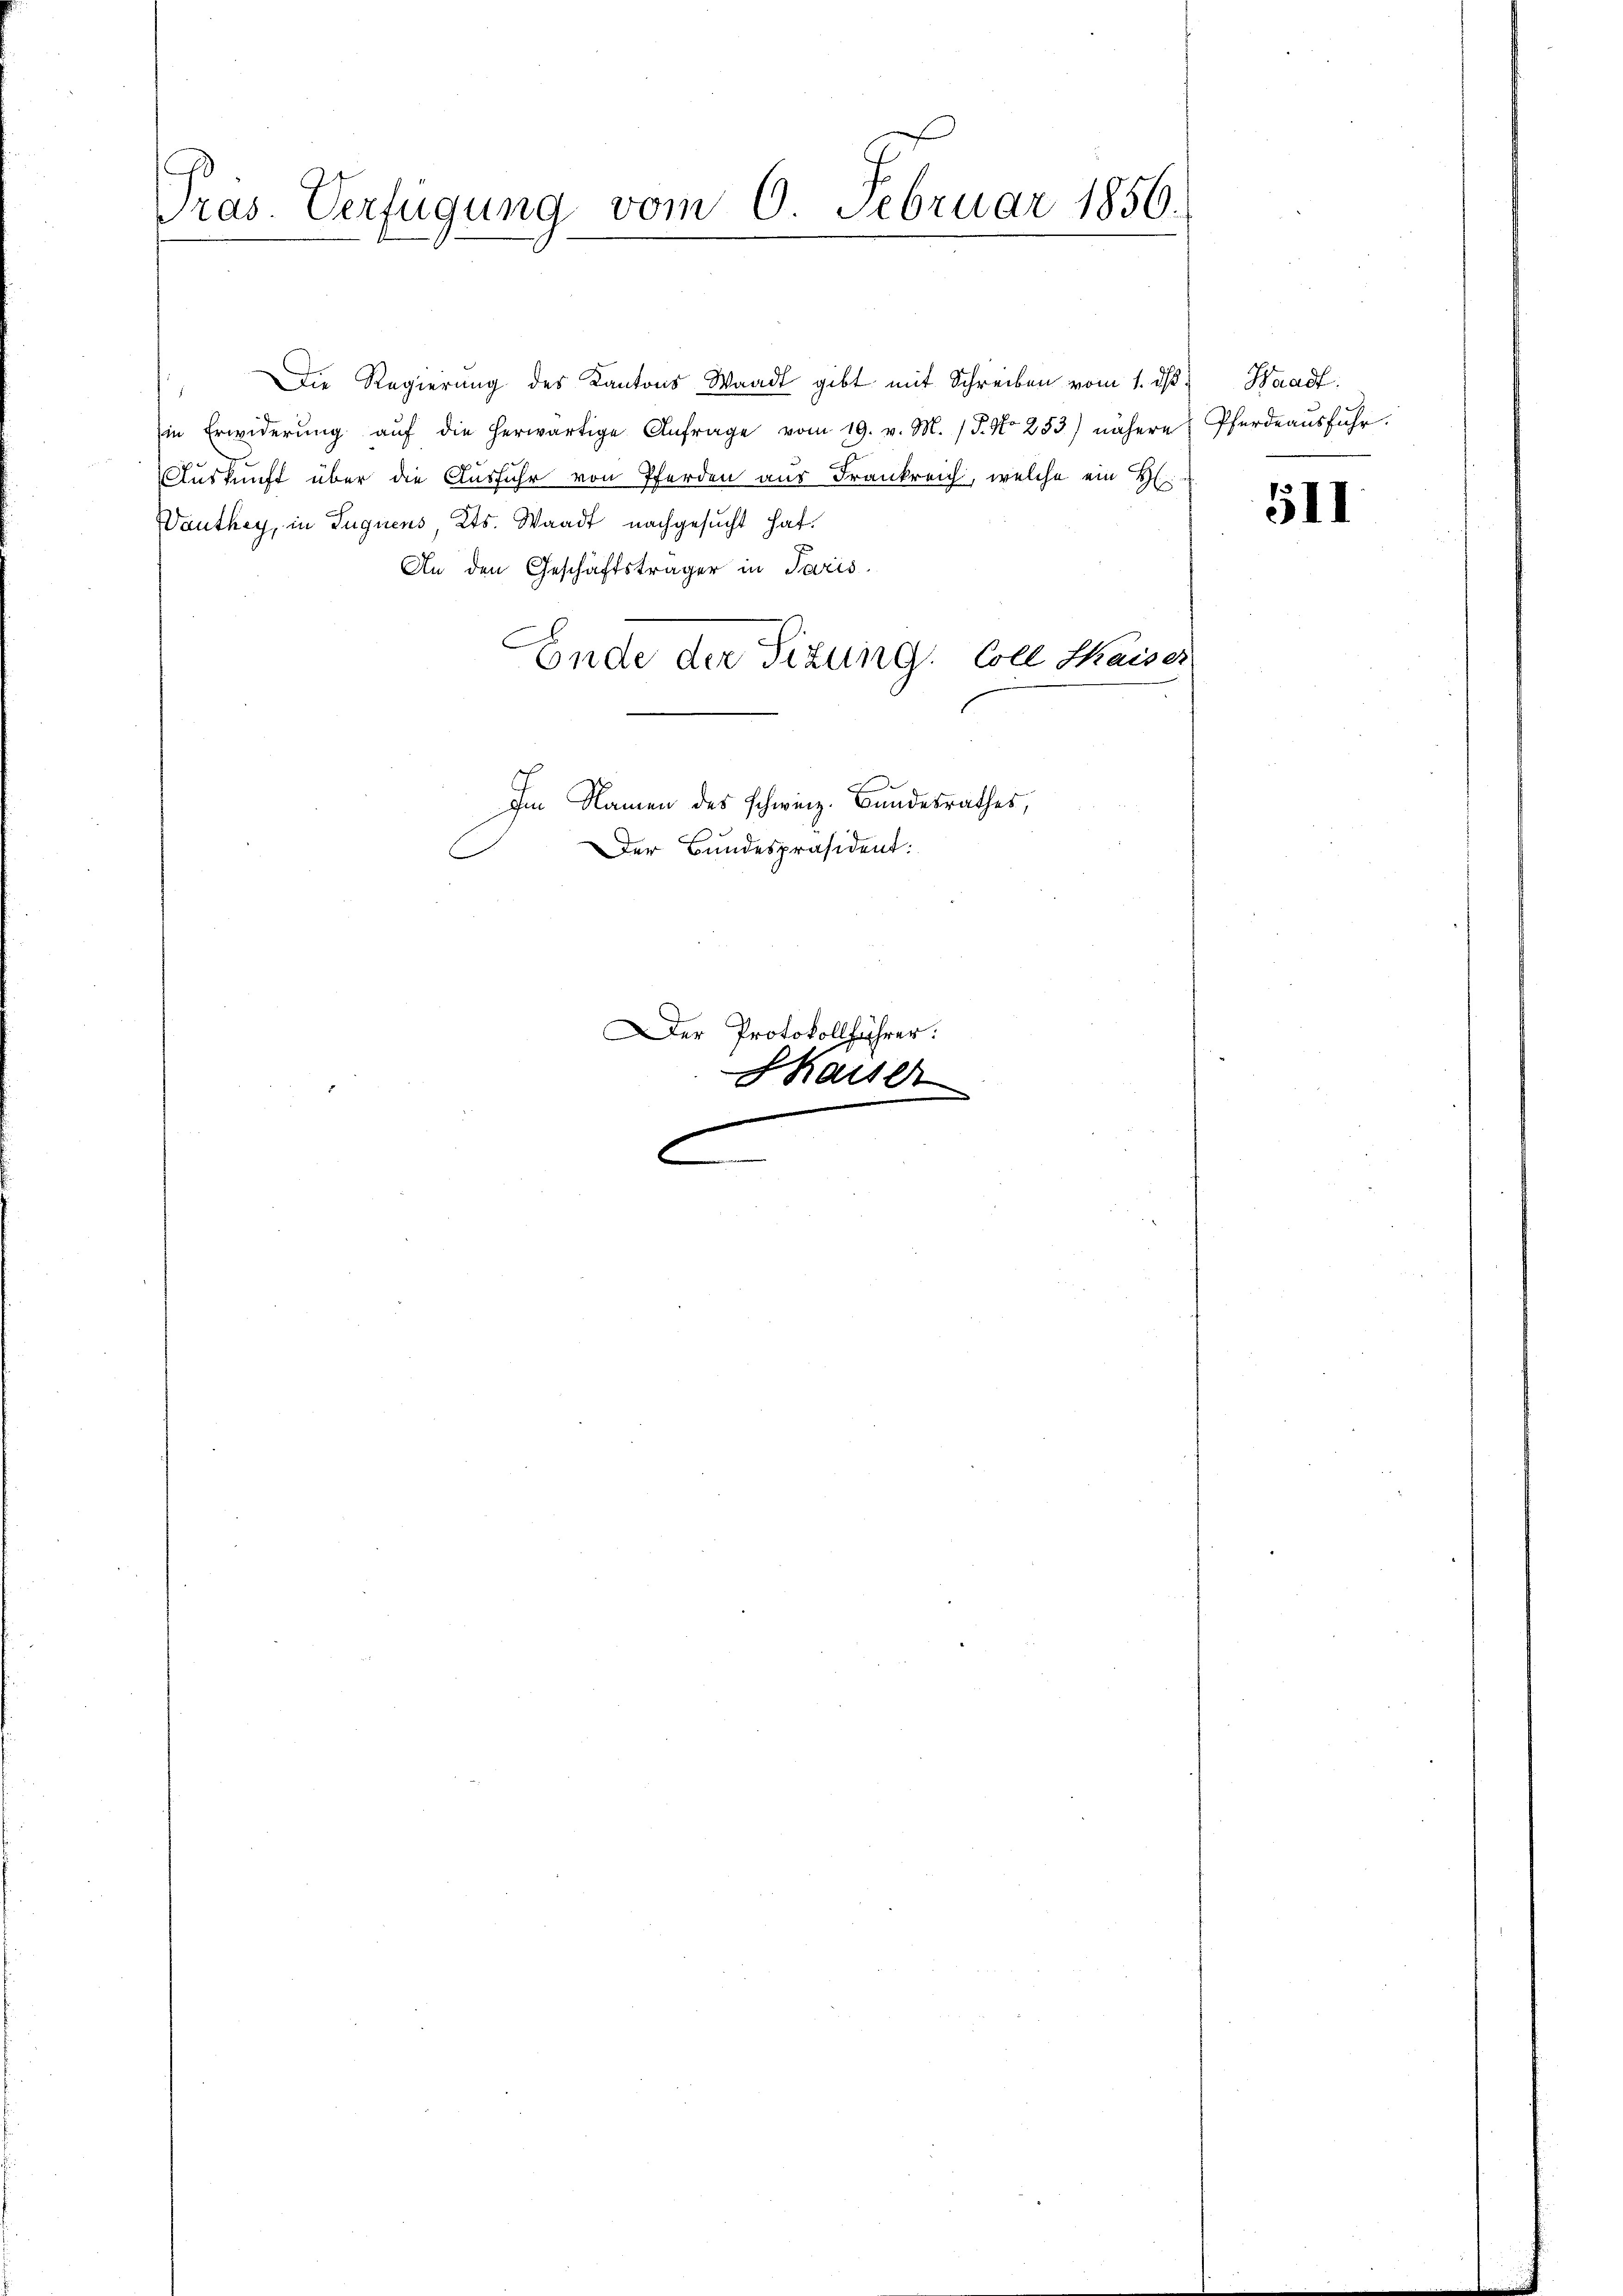
Präs. Verfügung vom 6. Februar 1856.

Die Regierŭng des Kantons Waadt gibt mit Schreiben vom 1. dβ " Waadt:
in Erwiderŭng aŭf die herwärtige Anfrage vom 19. v. M. (T. No 233) nähere Pferdeaŭsfŭhr.
Auskunft über die Ausfuhr von Pferden aus Frankreich, welche ein H
Wanthey, in Tugnens, Kts. Waadt nachgesucht hat.
An den Geschäftsträger in Paris
Ende der Sitzung. Coll Kaises
Im Namen des schweiz. Bundesrathes,
Der Bundespräsident:

Der Protokollführer:
Shauser

511